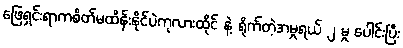
ဖြေရှင်းရာကစိတ်မထိန်းနိုင်ပဲကုလားထိုင် နဲ့ ရိုက်တဲ့အမှုရယ် ၂ မှု ပေါင်းပြီး